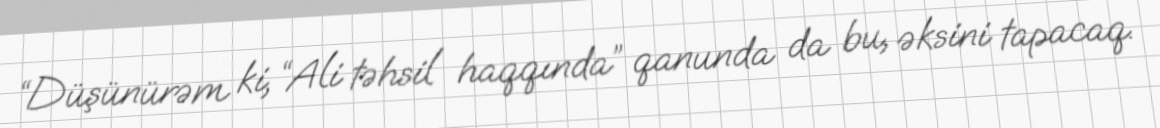
“Düşünürəm ki, “Ali təhsil haqqında” qanunda da bu, əksini tapacaq.